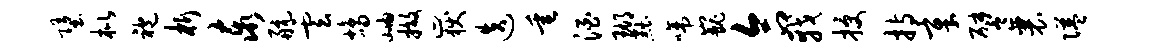
堕枇袍析泰航云鸪岫撤岳迭垂酒瑚黜啼巍合戟授持章譬襄隘